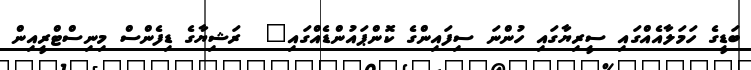
ބަޑީގެ ހަމަލާއެއްގައި ސީރިޔާގައި ހުންނަ ސިފައިންގެ ކޮންޕައުންޑެއްގައި"  ރަޝިޔާގެ ޑިފެންސް މިނިސްޓްރީއިން